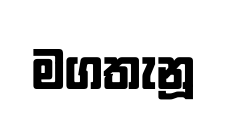
මගතැනූ